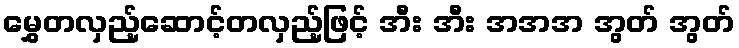
မွှေတလှည့်ဆောင့်တလှည့်ဖြင့် အီး အီး အအအ အွတ် အွတ်